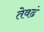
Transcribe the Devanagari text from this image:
तेवढं